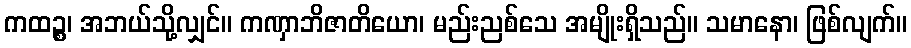
ကထဉ္စ၊ အဘယ်သို့လျှင်။ ကဏှာဘိဇာတိယော၊ မည်းညစ်သေ အမျိုးရှိသည်။ သမာနော၊ ဖြစ်လျက်။